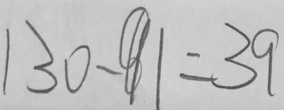
1 3 0 - 9 1 = 3 9